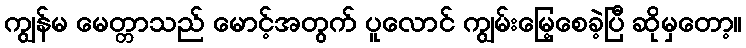
ကျွန်မ မေတ္တာသည် မောင့်အတွက် ပူလောင် ကျွမ်းမြေ့စေခဲ့ပြီ ဆိုမှတော့။